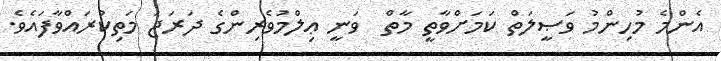
އެންމެ މުހިންމު ވަޞީލަތް ކަމަށްވާތީ މާތް  ވަނީ ޢިލްމުވެރިންގެ ދަރަޖަ މަތިކުރައްވާފައެވެ.